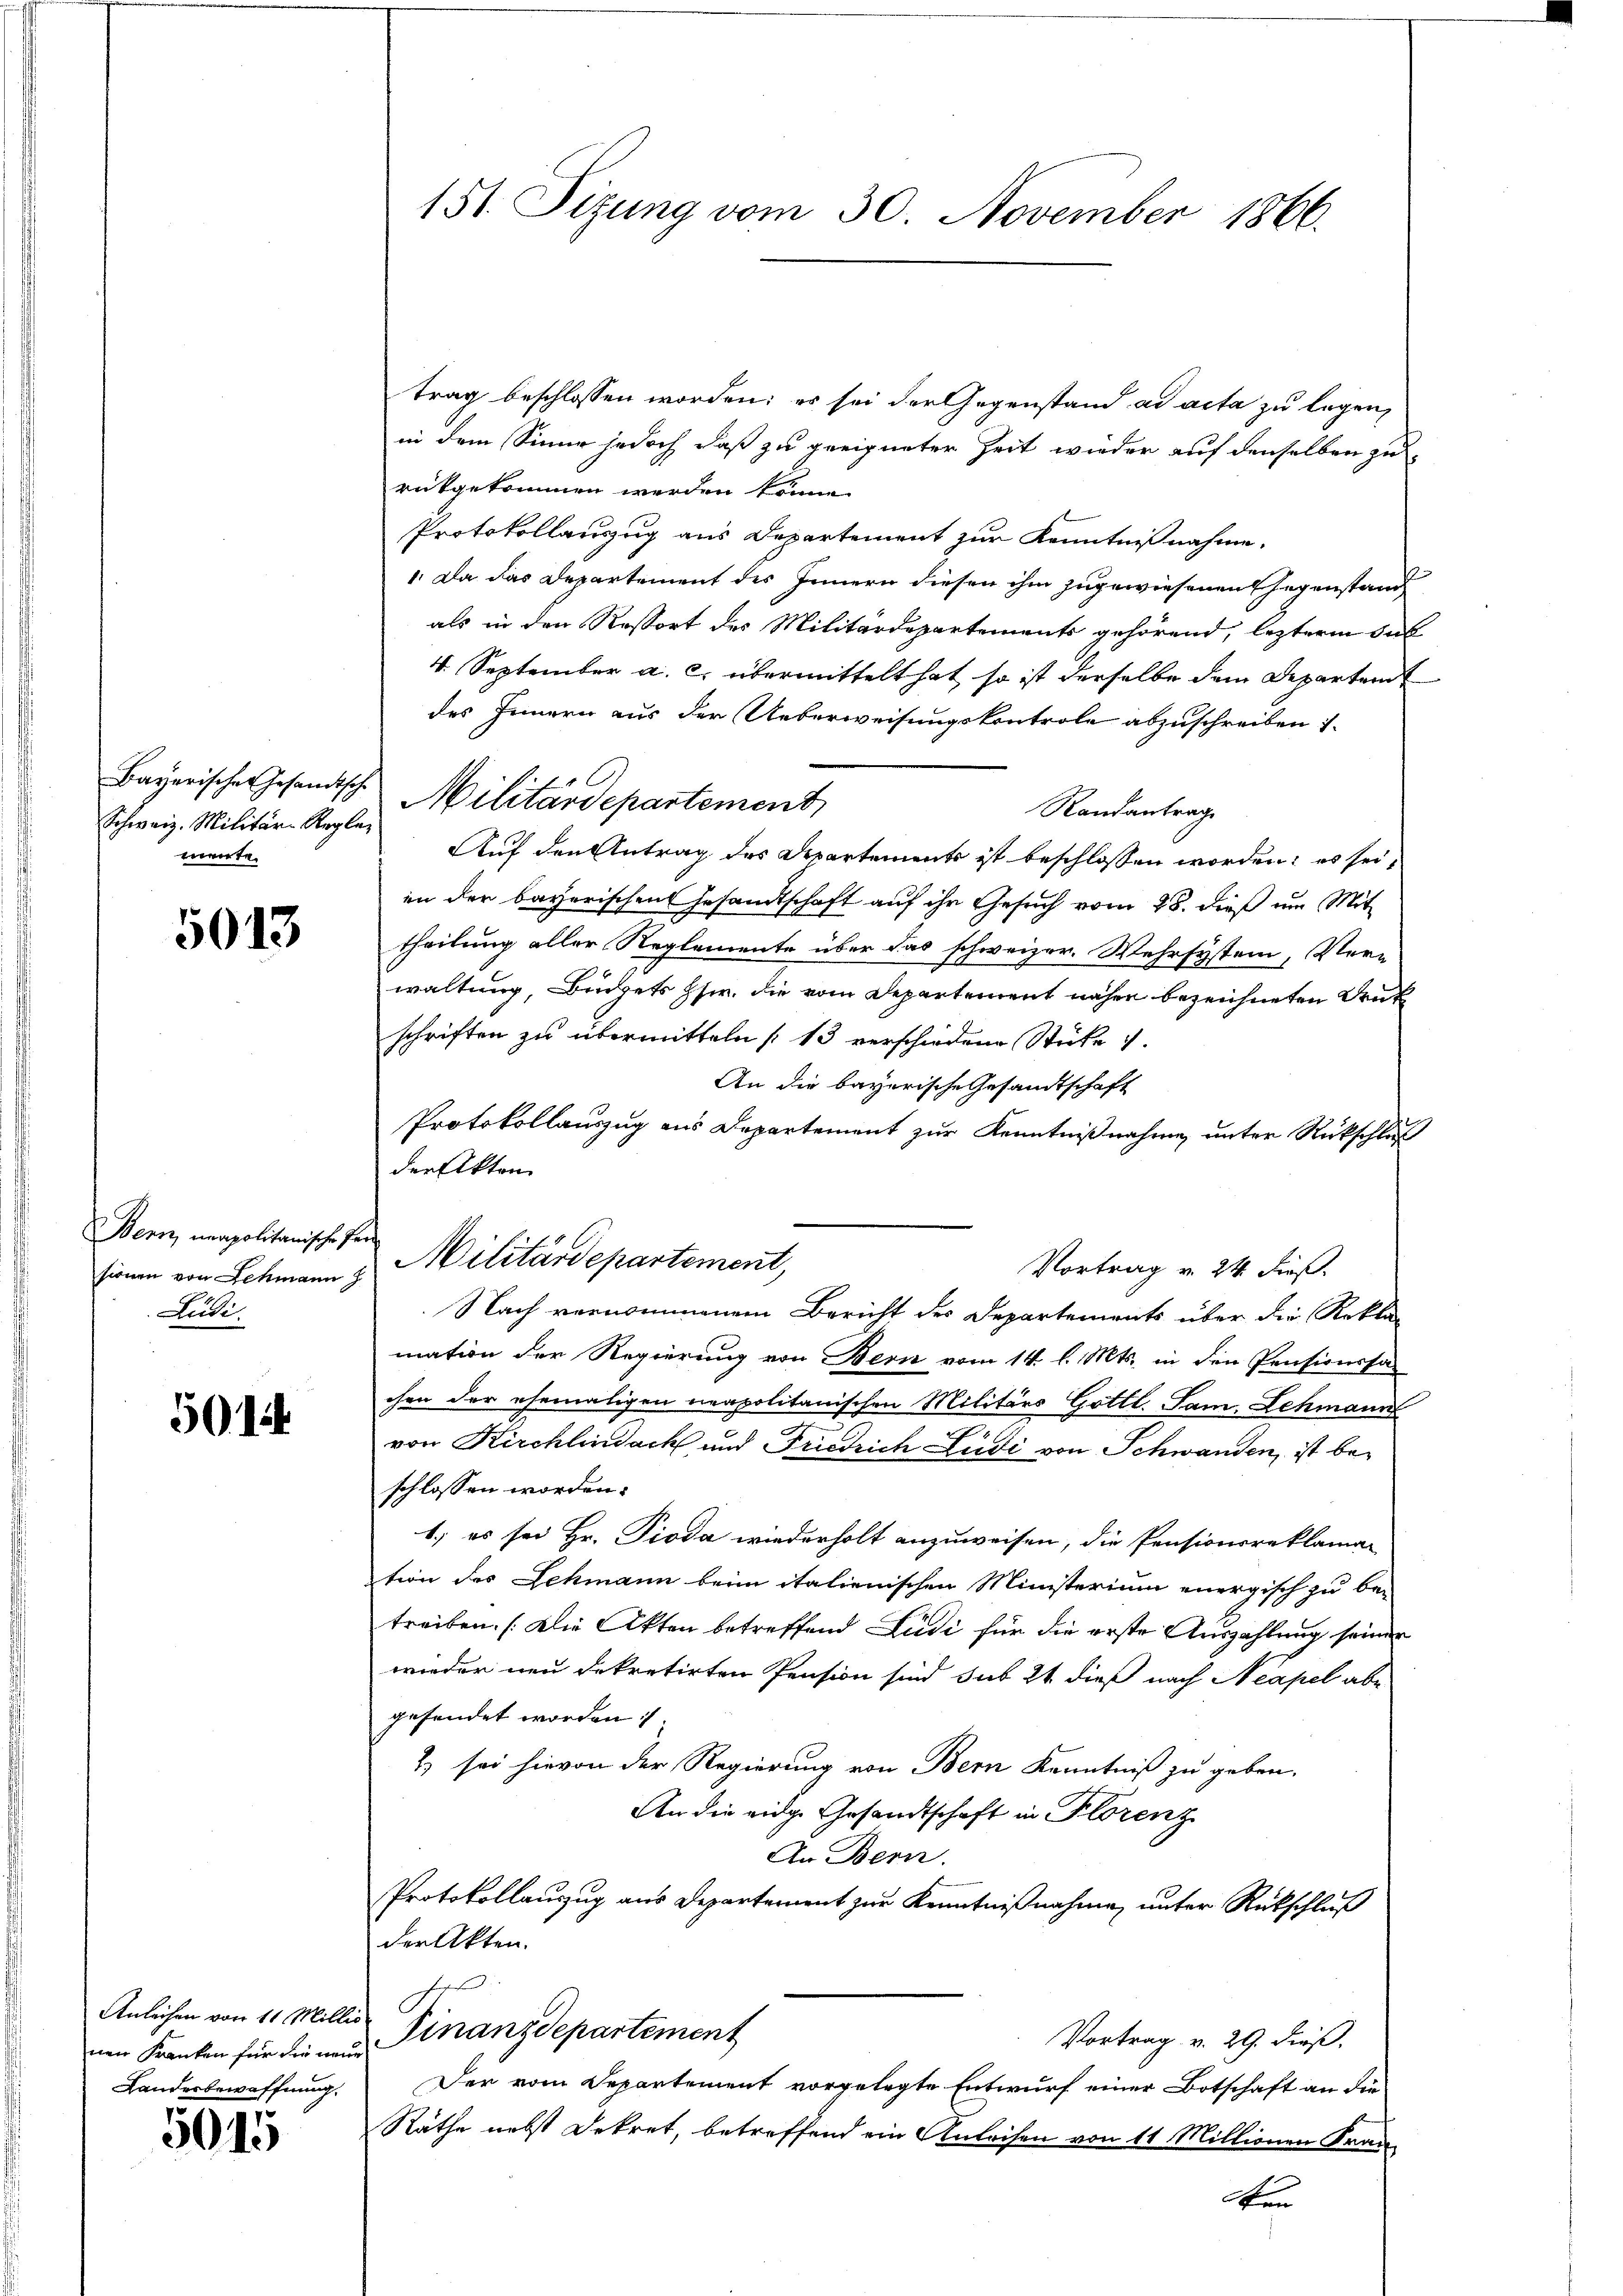
Schweiz. Militär-Regler
mente.

5013

Bern, unapolitanische In
sionen von Schmann
Lüdi.

5014

Anleihen von 11 Millis
Landerbewaffnung.

5015

151. Sizung vom 30. November 1866.

trag beschlossen worden; es sei der Gegenstand ad acta zu legen,
in dem Sinne jedoch, daß zu geeigneter Zeit wieder auf denselben zu
rückgekommen werden könne.
Protokollanzug aus Departement zur Kenntnißnahme.
1. Da das Departement des Innern diesen ihm zugewiesenen Gegenstand
als in den Ressort des Militärdepartements gehörend, leztere In
4. September a. c. übermittelt hat, so ist derselbe dem Departei
des Innern aus der Ueberweisungskontrole abzuschreiben i
Randantrag
Auf den Antrag des Departements ist beschlossen worden; es sei,
in der bayerischen Gesamtschaft auf ihr Gesuch vom 28. dieß um Mit-
theilung aller Reglemente über das schweizer. Wehrsystem, Vere
waltung Büdgets Hs. die vom Departement näher bezeichneten Deut
schriften zu übermitteln [13 verschiedene Sticke
An die bayerische Gesandtschaft
Protokollauszug aus Departement zur Kenntnißnahme unter Rückschluß
Vortrag v. 24. dieß.
Nach vernommenem Bericht des Departements über die Rekto
mation der Regierung von Bern vom 14. l. Mts. in den Pensionssa
chen der ehemaligen neapolitanischen Militärs Gottl. Sam, Schmann
7
von Kirchlindach und Friedrich Ludi von Schwanden, ist beschlossen worden.
1., es sei Hr. Pioda wiederholt anzuweisen, die Pensionsreklaman
tion des Lehmann beim italienischen Ministerium energisch zu be-
treiben. (Die Akten betreffend Ludi für die erste Auszahlung seiner
wieder neu dekretirten Pension sind sub 24 dieß nach Neapel abe
gefundet worden:
2) sei hievon der Regierung von Bern Kenntniß zu geben.
An die eidge Gesandtschaft in Florenz
An Bern.
Protokollauszug aus Departement zur Kenntnißnahme, unter Rückschluß
der Akten.
s
Vortrag v. 29. dieß.
nen Kranken für die und Finanzdepartement
Der vom Departement vorgelegte Entwurf einer Botschaft an die
Räthe nebst Dekret, betreffend ein Anleihen von 11 Millionen Fran
Aen

Bayerische Gesandtsche Militärdepartement

der Akten
h
Militärdepartement,

e